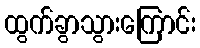
ထွက်ခွာသွားကြောင်း